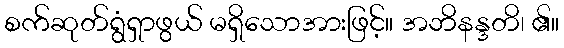
စက်ဆုတ်ရွံရှာဖွယ် မရှိသောအားဖြင့်။ အဘိနန္ဒတိ၊ ၏။